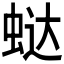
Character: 𰲻